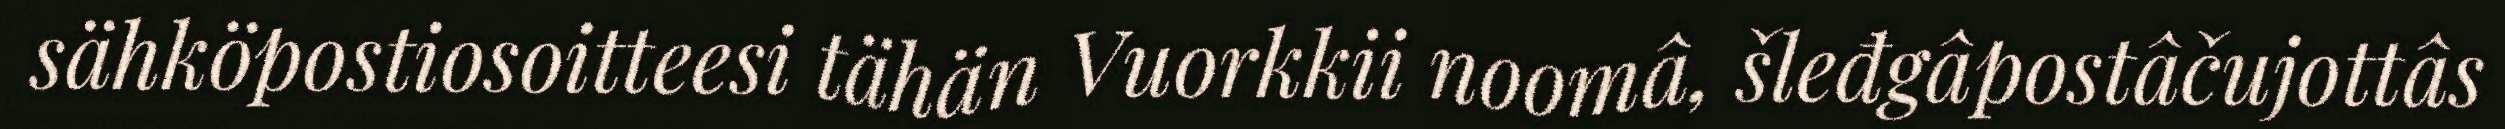
sähköpostiosoitteesi tähän Vuorkkii noomâ, šleđgâpostâčujottâs